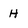
Character: H